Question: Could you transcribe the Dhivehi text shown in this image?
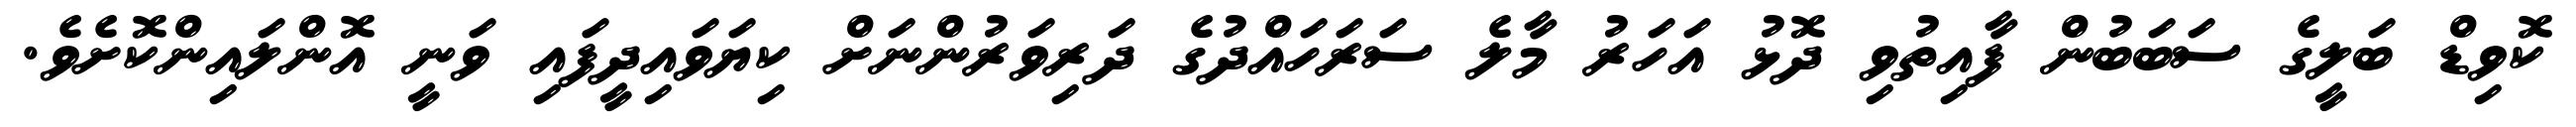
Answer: ކޮވިޑް ބަލީގެ ސަބަބުން ފާއިތުވި ދޮޅު އަހަރު މާލެ ސަރަހައްދުގެ ދަރިވަރުންނަށް ކިޔަވައިދީފައި ވަނީ އޮންލައިންކޮށެވެ.